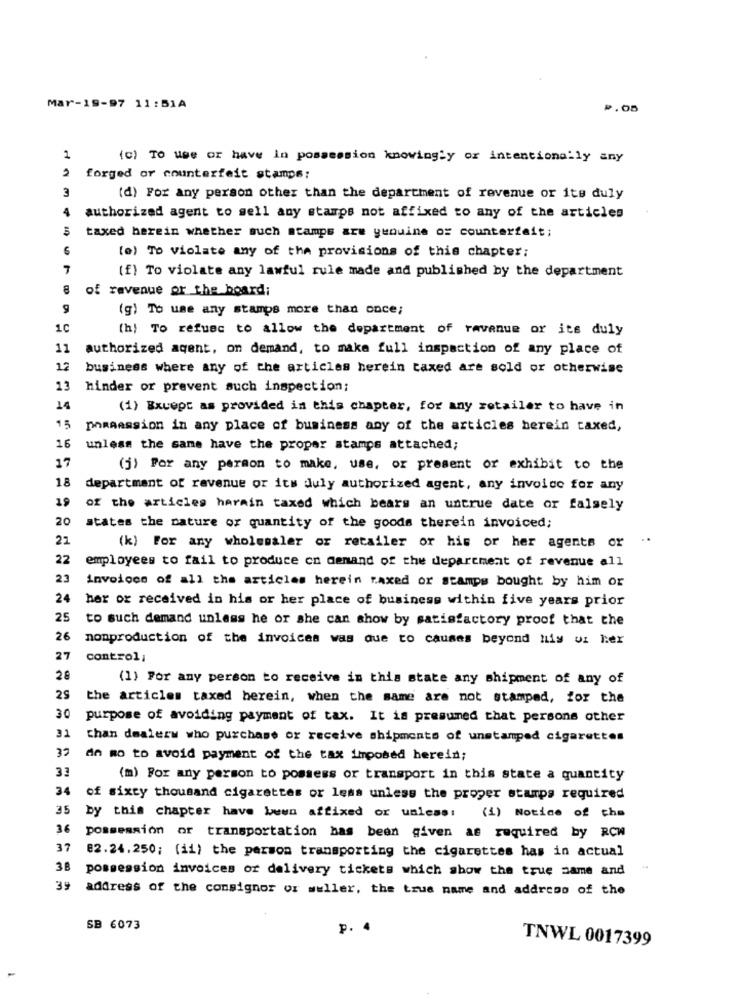
Mar-19-97 11:51A
P.05
1
(c) To use or have In possession knowingly or intentionally any
forged or counterfeit stamps:
3
(d) For any person other than the department of revenue or its duly
4
authorized agent to sell any stamps not affixed to any of the articles
taxed herein whether such stamps are genuine or counterfeit;
(e) To violate any of the provisions of this chapter;
7
(f) To violate any lawful rule made and published by the department
of revenue or the board;
9
(g) To use any stamps more than once;
1C
(h) To refuec to allow the department of ravenue or its duly
11
authorized agent, on demand, to make full inspection of any place of
12
business where any of the articles herein taxed are sold or otherwise
13
hinder or prevent such inspection;
14
(1) Except as provided in this chapter, for any retailer to have in
15
phaaassion in any place of business any of the articles berein taxed,
16
unless the same have the proper stamps attached;
17
(j) Por any person to make, use, or present or exhibit to the
18
department of ravenue or its duly authorized agent, any invoice for any
19
of the articles harmin taxed which bears an untrue date or falsely
20
states the nature of quantity of the goods therein invoiced;
21
..
(k) For any wholesaler or retailer or his or her agents or
22
employees to fail to produce on demand of the department of revenue all
23
invoice of all the articles herein raxed or stamps bought by him or
24
her or received in his or her place of business within five years prior
25
to such demand unless he or she can show by satisfactory proof that the
26
nonproduction of the invoices was que to causes beyond hiy ui her
27
controli
28
(1) For any person to receive in this state any shipment of any of
25
the articles taxed herein, when the same are not stamped, for the
30
purpose of avoiding payment of tax. It is presumed that persons other
31
than dealerw who purchase or receive shipments of unstamped cigarettes
39
de Ro to avoid payment of the tax imposed herein;
33
(m) For any person to possess or transport in this state a quantity
34
of sixty thousand cigarettes or less unless the proper stamps required
35
by this chapter have been affixed or unless: (1) Notice of the
36
possession or transportation has been given as required by RCW
37
82.24.250; (ii) the person transporting the cigarettes has in actual
38
possession invoices or delivery tickets which show the true same and
39
address of the consignor or weller, the true name and address of the
SB 6073
p.
TNWL 0017399